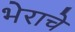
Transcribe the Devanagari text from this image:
भेराचे